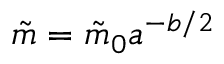
\tilde { m } = \tilde { m } _ { 0 } a ^ { - b / 2 }